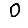
Digit: 0